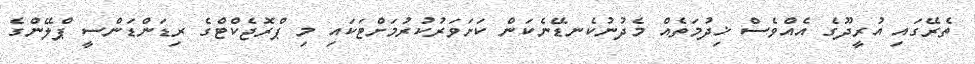
ތެރޭގައި އުރީދޫގެ އެއްވެސް ޚިދުމަތެއް މެދުނުކެނޑޭނެކަން ކަށަވަރުކުރުމަށްޓަކައި މި ޕްރޮޖެކްޓްގެ ރިޑަންޑަންސީ ޕްލޭންގެ